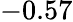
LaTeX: -0.57